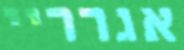
אגרריי